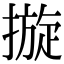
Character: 𢳄